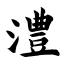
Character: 澧